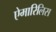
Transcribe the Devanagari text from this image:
ऐमारिलिस